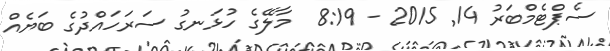
ސެޕްޓެމްބަރު 14